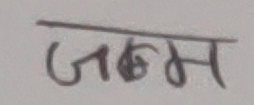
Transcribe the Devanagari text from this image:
जन्म